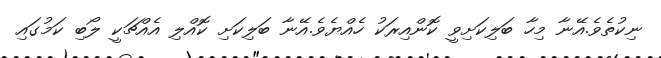
ނިކުތެވެ.އޭނާ މިހާ ބަލިކަށިވީ ކޮންއިރަކު ހެއްޔެވެ.އޭނާ ބަލިކަށި ކޮއްލި އެއްޗަކީ ލޯބި ކަމުގައި